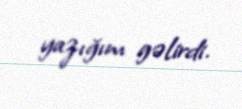
yazığım gəlirdi.